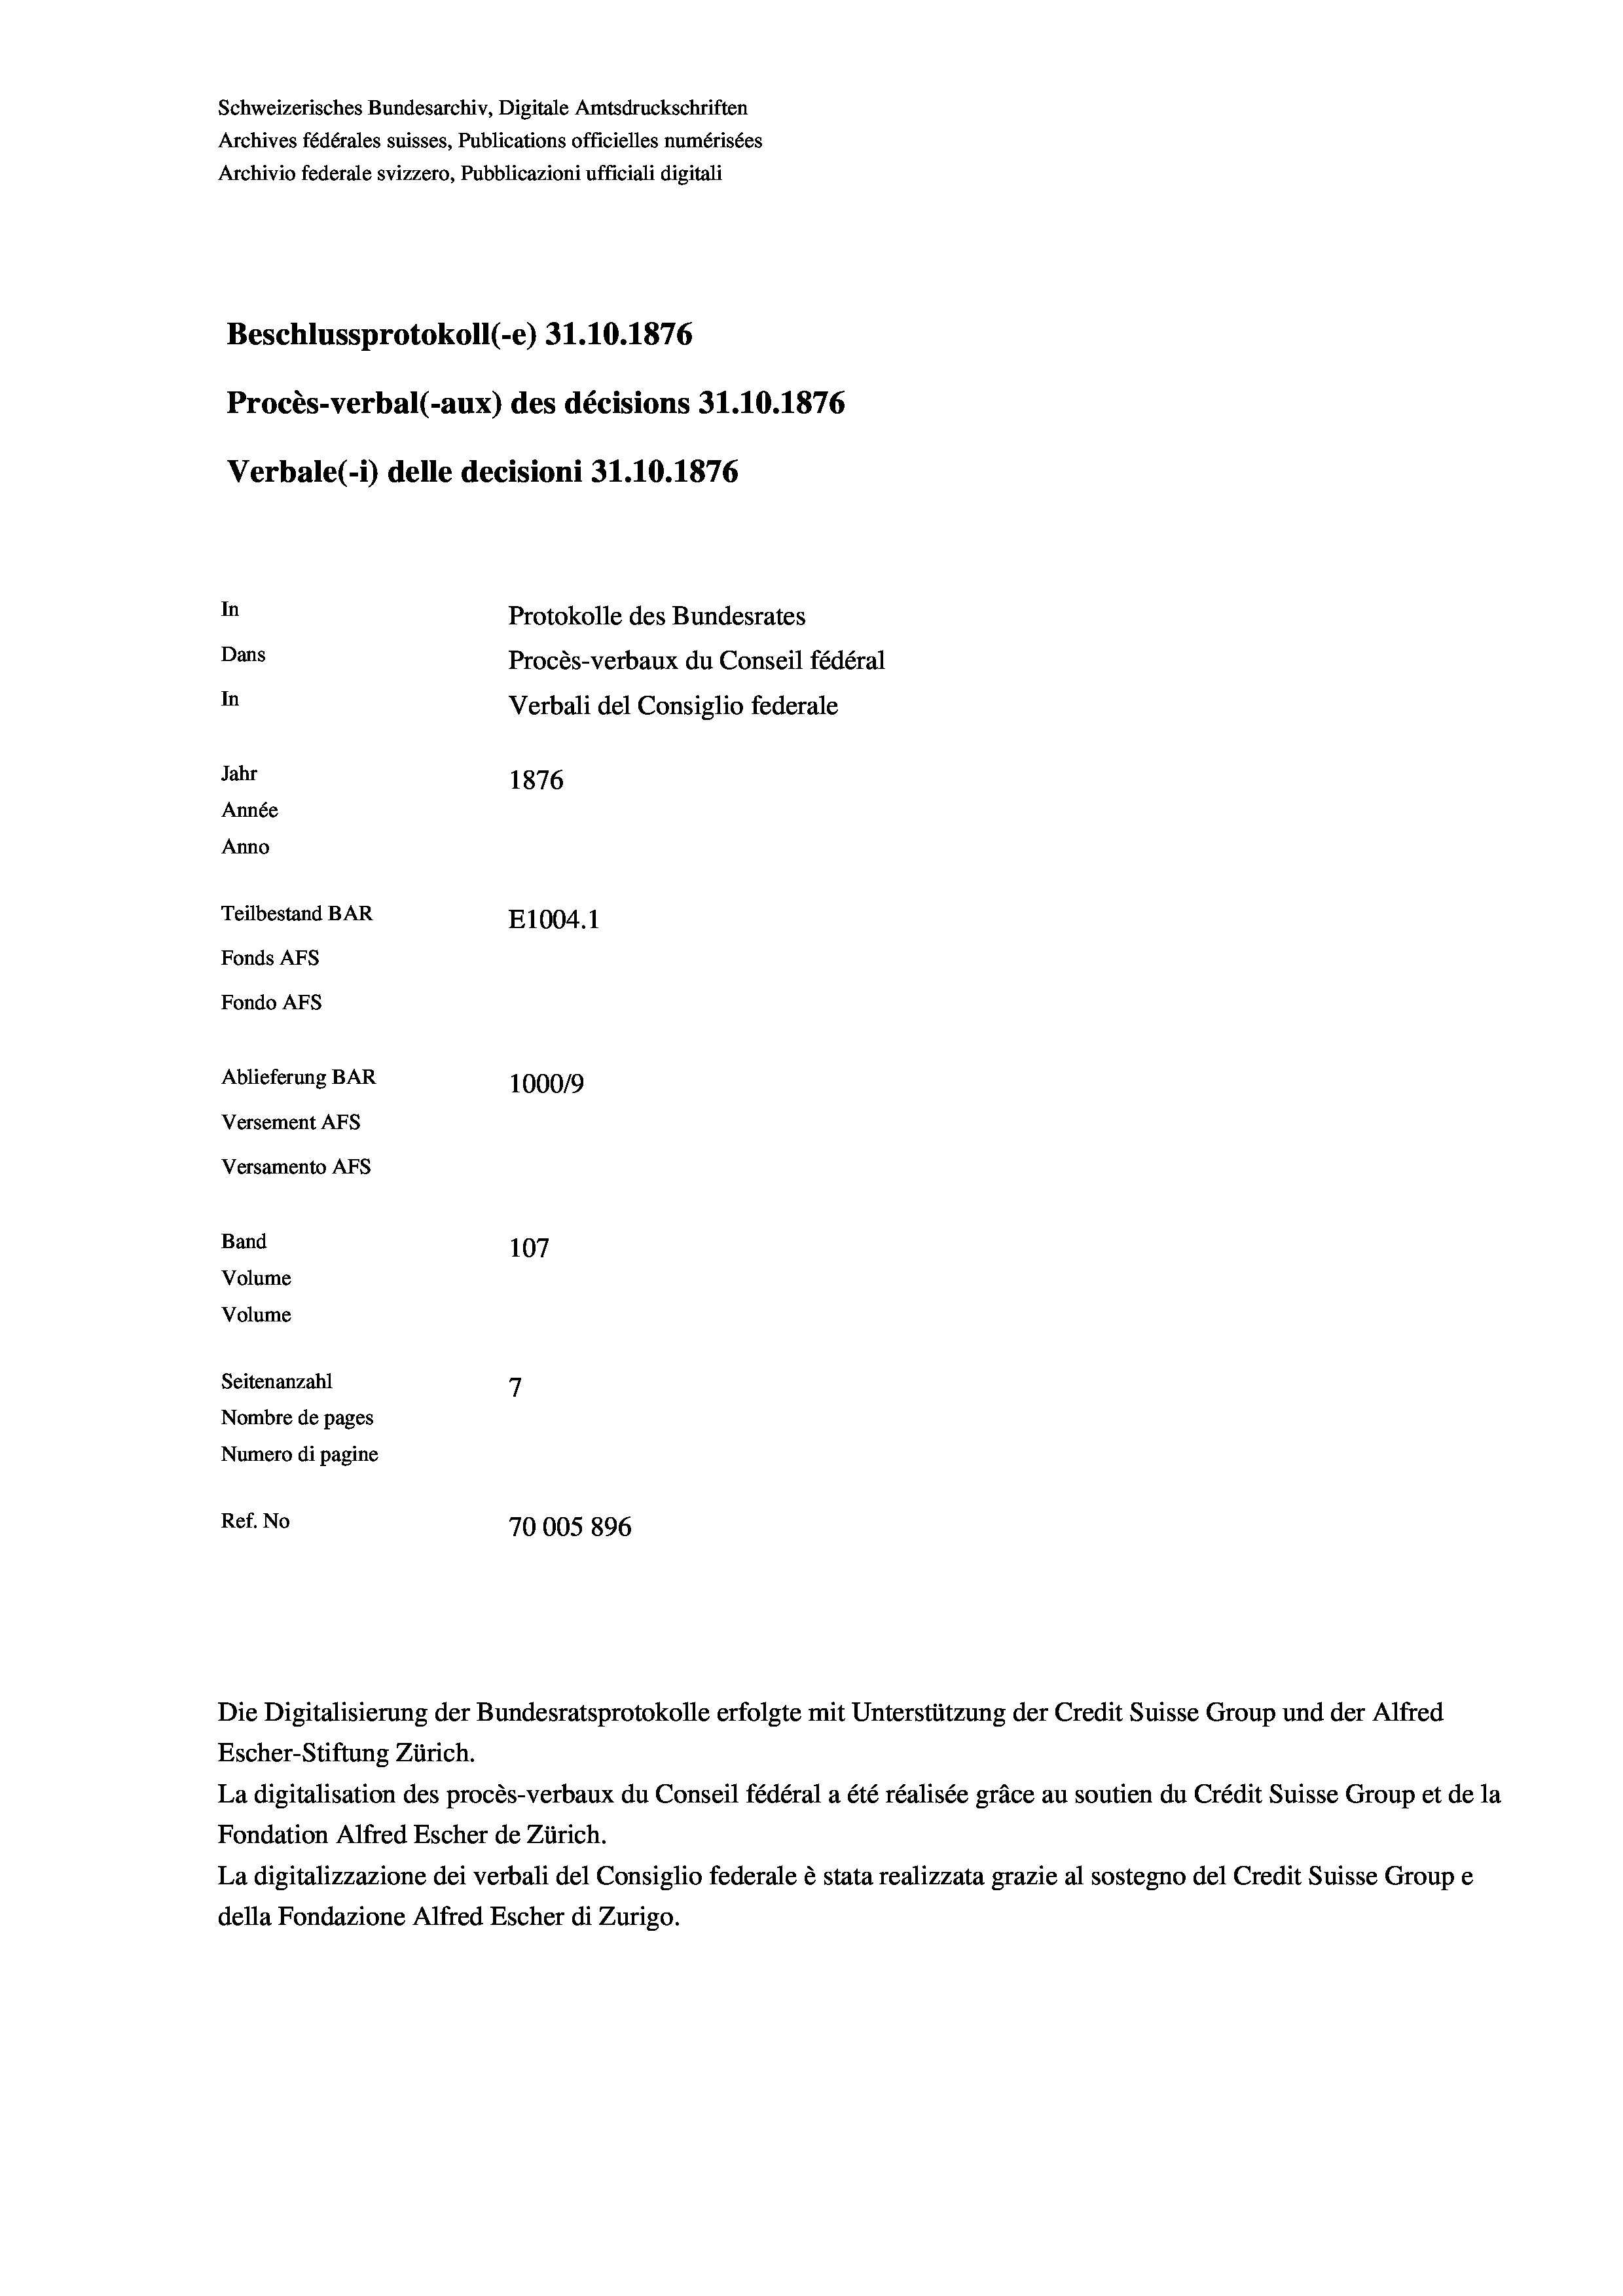
Schweizerisches Bundesarchiv, Digitale Amtsdruckschriften
Archives fédérales suisses, Publications officielles numérisées
Archivio federale svizzero, Pubblicazioni ufficiali digitali
Beschlussprotokoll (-e) 31.10.1876
Procès-verbal (-aux) des décisions 31.10.1876
Verbale(*) delle decisioni 31.10.1876
In
Protokolle des Bundesrates
Dans
Procès-verbaux du Conseil fédéral
In
Verbali del Consiglio federale
Jahr
1876
Année
Anno
Teilbestand BAR
E1004.1
Fonds AFs
Fondo AFS
Ablieferung BAR
100019
Versement Abs
Versamento AFs
Band
107
Volume
Volume
Seitenanzahl
Nombre de pages
Numero di pagine
Ref. No
70005 896

Escher-Stiftung Zürich.
La digitalisation des procès-verbaux du Conseil fédéral a été réalisée gräce au soutien du Crédit Suisse Group et de la
Fondation Alfred Escher de Zürich.
La digitalizzazione dei verbali del Consiglio federale è stata realizzata grazie al sostegno del Credit Suisse Groupe
della Fondazione Alfred Escher di Zurigo.

Die Digitalisierung der Bundesratsprotokolle erfolgte mit Unterstützung der Credit Suisse Group und der Alfred